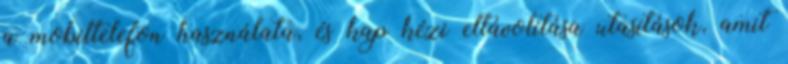
a mobiltelefon használata, és kap kézi eltávolítása utasítások, amit